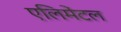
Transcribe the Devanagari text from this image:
एलिमेंटल